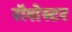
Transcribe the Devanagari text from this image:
रॉशेस्टर